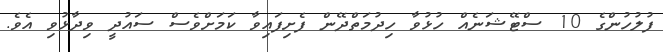
ފުލުހުންގެ 10 ސްޓޭޝަނެއް ހުޅުވާ ހިދުމަތްދޭން ފެށިފައިވާ ކަމަށްވެސް ސައުދީ ވިދާޅުވި އެވެ.